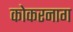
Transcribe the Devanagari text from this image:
कोकरनाग